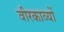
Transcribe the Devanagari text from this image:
वीरकाव्यों